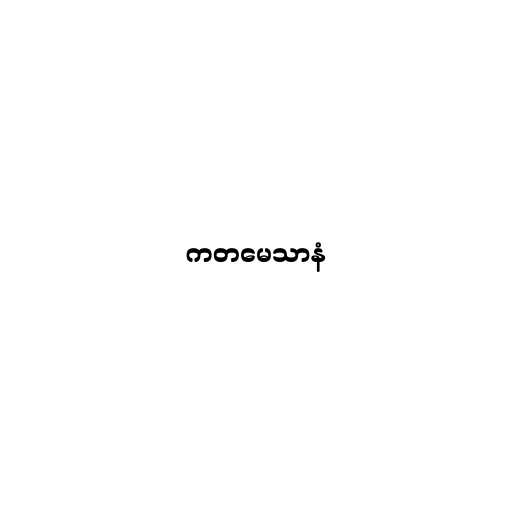
ကတမေသာနံ